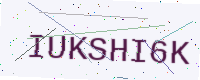
Text: IUKSHI6K